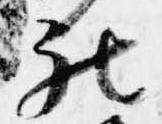
被